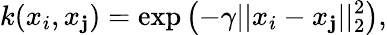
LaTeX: k(x_{i},x_{\mathbf{j}})=\exp{\left(-\gamma||x_{i}-x_{\mathbf{j}}||_{2}^{2}\right)},